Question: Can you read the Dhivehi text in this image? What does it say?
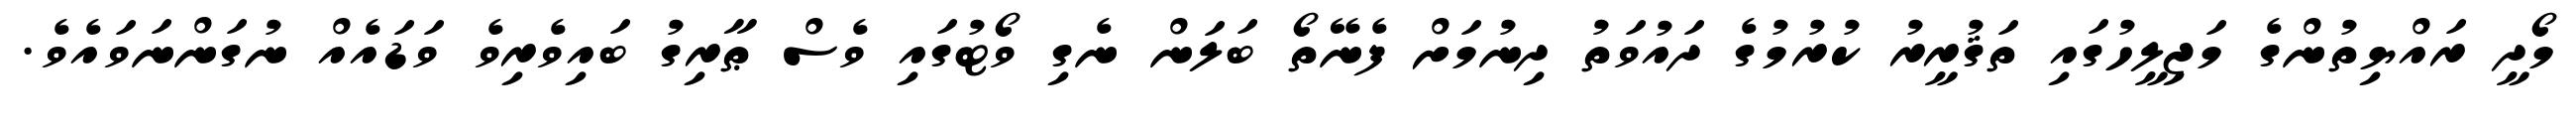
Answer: މޯދީ ރައްޔިތުންގެ މަޖިލީހުގައި ތަޤުރީރު ކުރުމުގެ ދައުވަތު ދިނުމަށް ފެނޭތޯ ބަލަން ނެގި ވޯޓުގައި ވެސް ޠާރިގު ބައިވެރިވެ ވަޑައެއް ނުގަންނަވައެވެ.